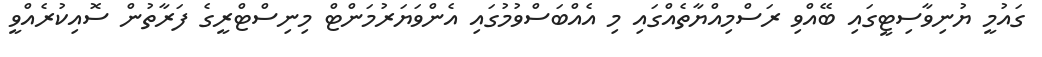
ގައުމީ ޔުނިވާސިޓީގައި ބޭއްވި ރަސްމިއްޔާތެއްގައި މި އެއްބަސްވުމުގައި އެންވަޔަރުމަންޓް މިނިސްޓްރީގެ ފަރާތުން ސޮއިކުރެއްވީ